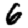
Digit: 6